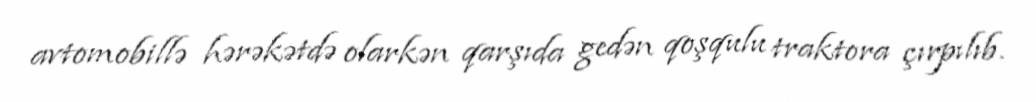
avtomobillə hərəkətdə olarkən qarşıda gedən qoşqulu traktora çırpılıb.